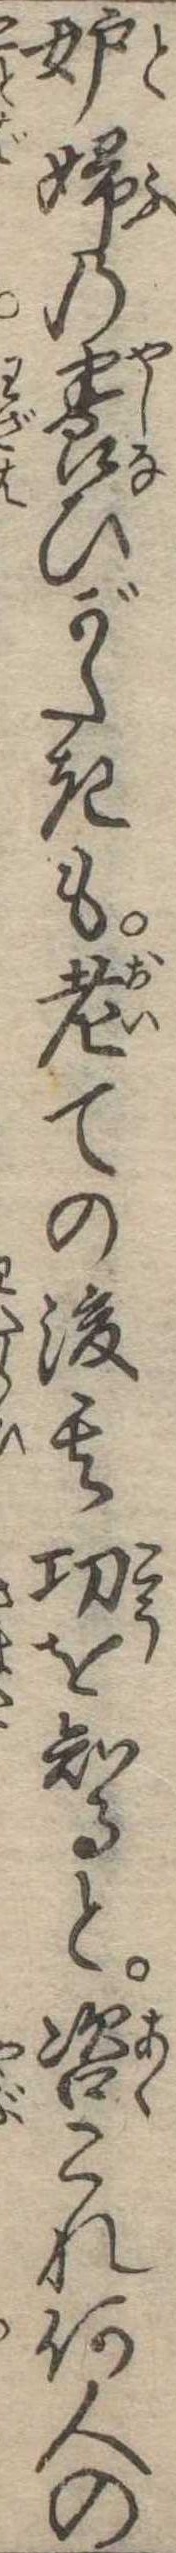
妬婦の養ひがたきも老ての後其功を知ると咨これ何人の